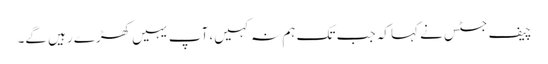
چیف جسٹس نے کہا کہ جب تک ہم نہ کہیں، آپ یہیں کھڑے رہیں گے۔